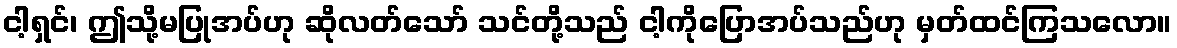
ငါ့ရှင်၊ ဤသို့မပြုအပ်ဟု ဆိုလတ်သော် သင်တို့သည် ငါ့ကိုပြောအပ်သည်ဟု မှတ်ထင်ကြသလော။